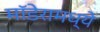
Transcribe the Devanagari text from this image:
मॉडेरामध्ये